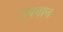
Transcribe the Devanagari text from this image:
उपनान